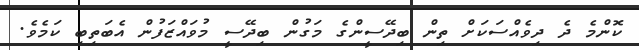
ކޮންމެ ދެ ދިވެއްސަކަށް ތިން ބިދޭސީންގެ މަގުން ބިދޭސީ މުވައްޒަފުން އެބަތިބި ކަމެވެ.